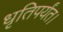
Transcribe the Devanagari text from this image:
धृतिपर्यंत।